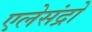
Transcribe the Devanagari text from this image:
एलेसंद्रो